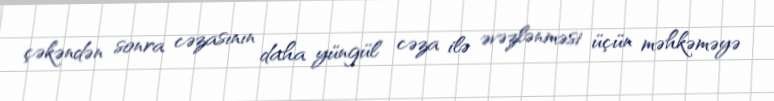
çəkəndən sonra cəzasının daha yüngül cəza ilə əvəzlənməsi üçün məhkəməyə